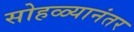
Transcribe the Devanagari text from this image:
सोहळ्यानंतर